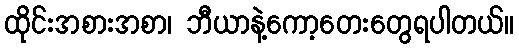
ထိုင်းအစားအစာ၊ ဘီယာနဲ့ကော့တေးတွေရပါတယ်။